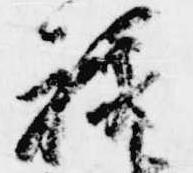
禄